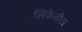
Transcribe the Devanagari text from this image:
पालिकेतील